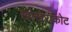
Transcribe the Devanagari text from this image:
खोखराकोट